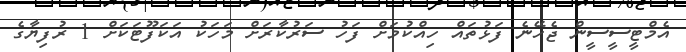
އެމްޓީސީސީން ޖެހޭނެ ފަޅުތައް ހިއްކުމަށް ފަހު ސަރުކާރަށް މަހަކު އަކަފޫޓަކަށް 1 ރުފިޔާގެ